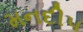
મનદીપ